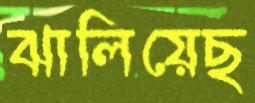
ঝালিয়েছ